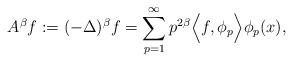
LaTeX: \begin{align*}A^\beta f:= (-\Delta )^{\beta } f = \sum\limits_{p=1}^{\infty}p^{2\beta } \Big<f, \phi_p \Big> \phi_p(x),\end{align*}